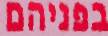
בפניהם